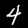
Digit: 4